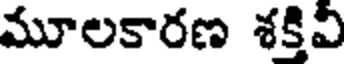
మూలకారణ శక్తివీ